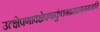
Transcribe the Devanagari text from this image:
उत्क्षेपणावक्षेपणाकुंचनप्रसारणगमनानि